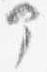
部